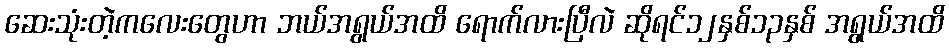
ဆေးသုံးတဲ့ကလေးတွေဟာ ဘယ်အရွယ်အထိ ရောက်လားပြီလဲ ဆိုရင်၁၂နှစ်၁၃နှစ် အရွယ်အထိ